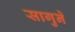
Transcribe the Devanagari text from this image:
सागुने